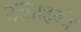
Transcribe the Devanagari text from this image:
उत्साहकों